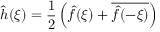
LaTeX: { \hat { h } } ( \xi ) = { \frac { 1 } { 2 } } \left( { \hat { f } } ( \xi ) + { \overline { { { \hat { f } } ( - \xi ) } } } \right)